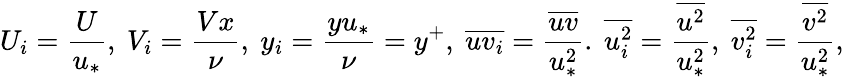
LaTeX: U_{i}=\frac{U}{u_{*}},\ V_{i}=\frac{Vx}{\nu},\ y_{i}=\frac{yu_{*}}{\nu}=y^{+},\ \overline{{uv_{i}}}=\frac{\overline{{uv}}}{u_{*}^{2}}.\ \overline{{u_{i}^{2}}}=\frac{\overline{{u^{2}}}}{u_{*}^{2}},\ \overline{{v_{i}^{2}}}=\frac{\overline{{v^{2}}}}{u_{*}^{2}},